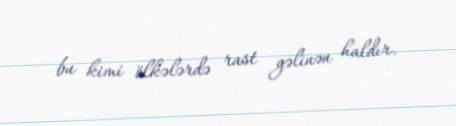
bu kimi ölkələrdə rast gəlinən haldır.